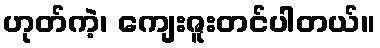
ဟုတ်ကဲ့၊ ကျေးဇူးတင်ပါတယ်။